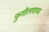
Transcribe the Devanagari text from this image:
फुगीरपणाच्या